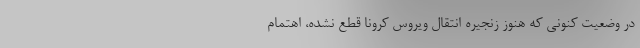
در وضعیت کنونی که هنوز زنجیره انتقال ویروس کرونا قطع نشده، اهتمام